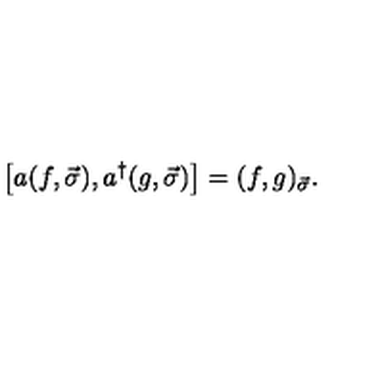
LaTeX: \left[ a ( f , \vec { \sigma } ) , a ^ { \dagger } ( g , \vec { \sigma } ) \right] = ( f , g ) _ { \vec { \sigma } } .